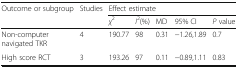
<table><thead><tr><td><b>Outcome or subgroup</b></td><td><b>Studies</b></td><td colspan="5"><b>Effect estimate</b></td></tr><tr><td></td><td></td><td><b><i>χ</i><sup>2</sup></b></td><td><b><i>I</i><sup>2</sup>(%)</b></td><td><b>MD</b></td><td><b>95% CI</b></td><td><b><i>P</i> value</b></td></tr></thead><tbody><tr><td>Non-computer navigated TKR</td><td>4</td><td>190.77</td><td>98</td><td>0.31</td><td>−1.26,1.89</td><td>0.7</td></tr><tr><td>High score RCT</td><td>3</td><td>193.26</td><td>97</td><td>0.11</td><td>−0.89,1.11</td><td>0.83</td></tr></tbody></table>